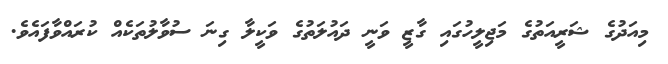
މިއަދުގެ ޝަރީއަތުގެ މަޖިލީހުގައި ގާޒީ ވަނީ ދައުލަތުގެ ވަކީލާ ގިނަ ސުވާލުތަކެއް ކުރައްވާފައެވެ.